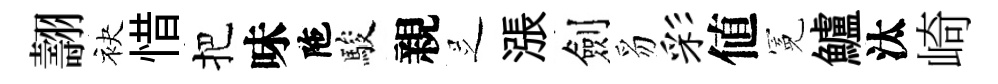
翿袂惜把味陁駿親𠯁漲劍豸彩値冕鱸汰崎